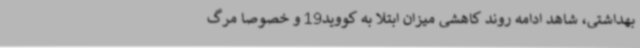
بهداشتی، شاهد ادامه روند کاهشی میزان ابتلا به کووید19 و خصوصا مرگ